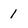
Character: 1